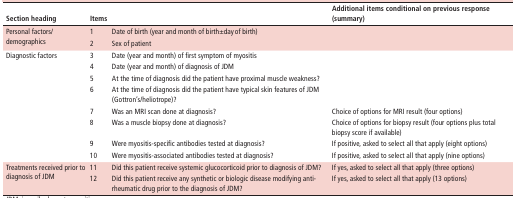
<table><thead><tr><td><b>Section heading</b></td><td colspan="2"><b>Items</b></td><td><b>Additional items conditional on previous response (summary)</b></td></tr></thead><tbody><tr><td rowspan="2">Personal factors/demographics</td><td>1</td><td>Date of birth (year and month of birth±day of birth)</td><td></td></tr><tr><td>2</td><td>Sex of patient</td><td></td></tr><tr><td rowspan="8">Diagnostic factors</td><td>3</td><td>Date (year and month) of first symptom of myositis</td><td></td></tr><tr><td>4</td><td>Date (year and month) of diagnosis of JDM</td><td></td></tr><tr><td>5</td><td>At the time of diagnosis did the patient have proximal muscle weakness?</td><td></td></tr><tr><td>6</td><td>At the time of diagnosis did the patient have typical skin features of JDM (Gottron’s/heliotrope)?</td><td></td></tr><tr><td>7</td><td>Was an MRI scan done at diagnosis?</td><td>Choice of options for MRI result (four options)</td></tr><tr><td>8</td><td>Was a muscle biopsy done at diagnosis?</td><td>Choice of options for biopsy result (four options plus total biopsy score if available)</td></tr><tr><td>9</td><td>Were myositis-specific antibodies tested at diagnosis?</td><td>If positive, asked to select all that apply (eight options)</td></tr><tr><td>10</td><td>Were myositis-associated antibodies tested at diagnosis?</td><td>If positive, asked to select all that apply (nine options)</td></tr><tr><td rowspan="2">Treatments received prior to diagnosis of JDM</td><td>11</td><td>Did this patient receive systemic glucocorticoid prior to diagnosis of JDM?</td><td>If yes, asked to select all that apply (three options)</td></tr><tr><td>12</td><td>Did this patient receive any synthetic or biologic disease modifying anti-rheumatic drug prior to the diagnosis of JDM?</td><td>If yes, asked to select all that apply (13 options)</td></tr></tbody></table>